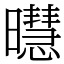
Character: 㬩